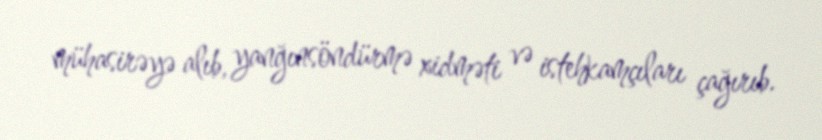
mühasirəyə alıb, yanğınsöndürmə xidməti və istehkamçıları çağırıb.